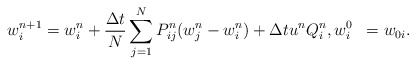
\begin{align*}\begin{aligned}w^{n+1}_i&=w^n_i+\frac{\Delta t}{N}\sum_{j=1}^{N}P^n_{ij}(w^n_j-w^n_i)+\Delta t u^nQ_i^n,w^0_i &= w_{0i}.\end{aligned}\end{align*}